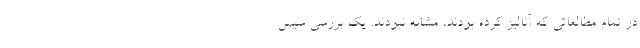
در تمام مطالعاتی که آنالیز کرده بودند، مشابه نبودند. یک بررسی سیس